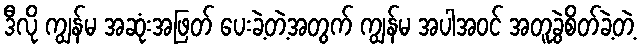
ဒီလို ကျွန်မ အဆုံးအဖြတ် ပေးခဲ့တဲ့အတွက် ကျွန်မ အပါအဝင် အတူခွဲစိတ်ခဲ့တဲ့